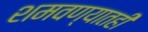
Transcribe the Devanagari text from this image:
शमवण्यातही